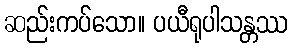
ဆည်းကပ်သော။ ပယီရုပါသန္တဿ